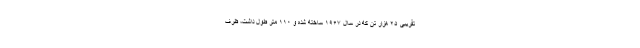
تقریبی ۲۵ هزار تن که در سال ۱۹۶۷ ساخته شده و ۱۱۰ متر طول داشت، ظرف